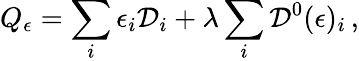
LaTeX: Q_{\epsilon}=\sum_{i}\epsilon_{i}{\cal D}_{i}+\lambda\sum_{i}{\cal D}^{0}(\epsilon)_{i}\, ,